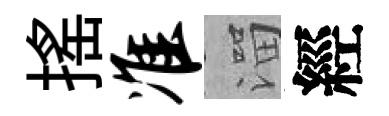
揺准溜經